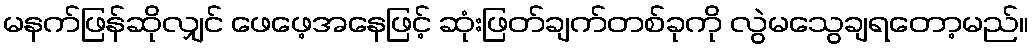
မနက်ဖြန်ဆိုလျှင် ဖေဖေ့အနေဖြင့် ဆုံးဖြတ်ချက်တစ်ခုကို လွဲမသွေချရတော့မည်။